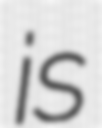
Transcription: is